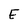
Character: E